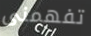
تفهمنى